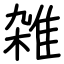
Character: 雑